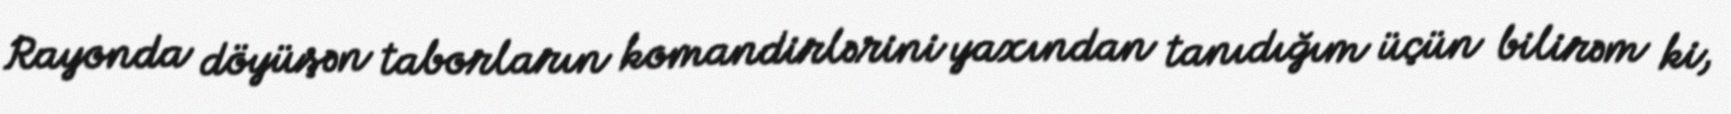
Rayonda döyüşən taborların komandirlərini yaxından tanıdığım üçün bilirəm ki,